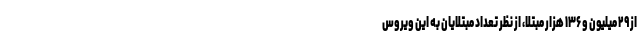
از ۲۹ میلیون و ۱۳۶ هزار مبتلا، از نظر تعداد مبتلایان به این ویروس